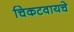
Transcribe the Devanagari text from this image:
चिकटवायचे